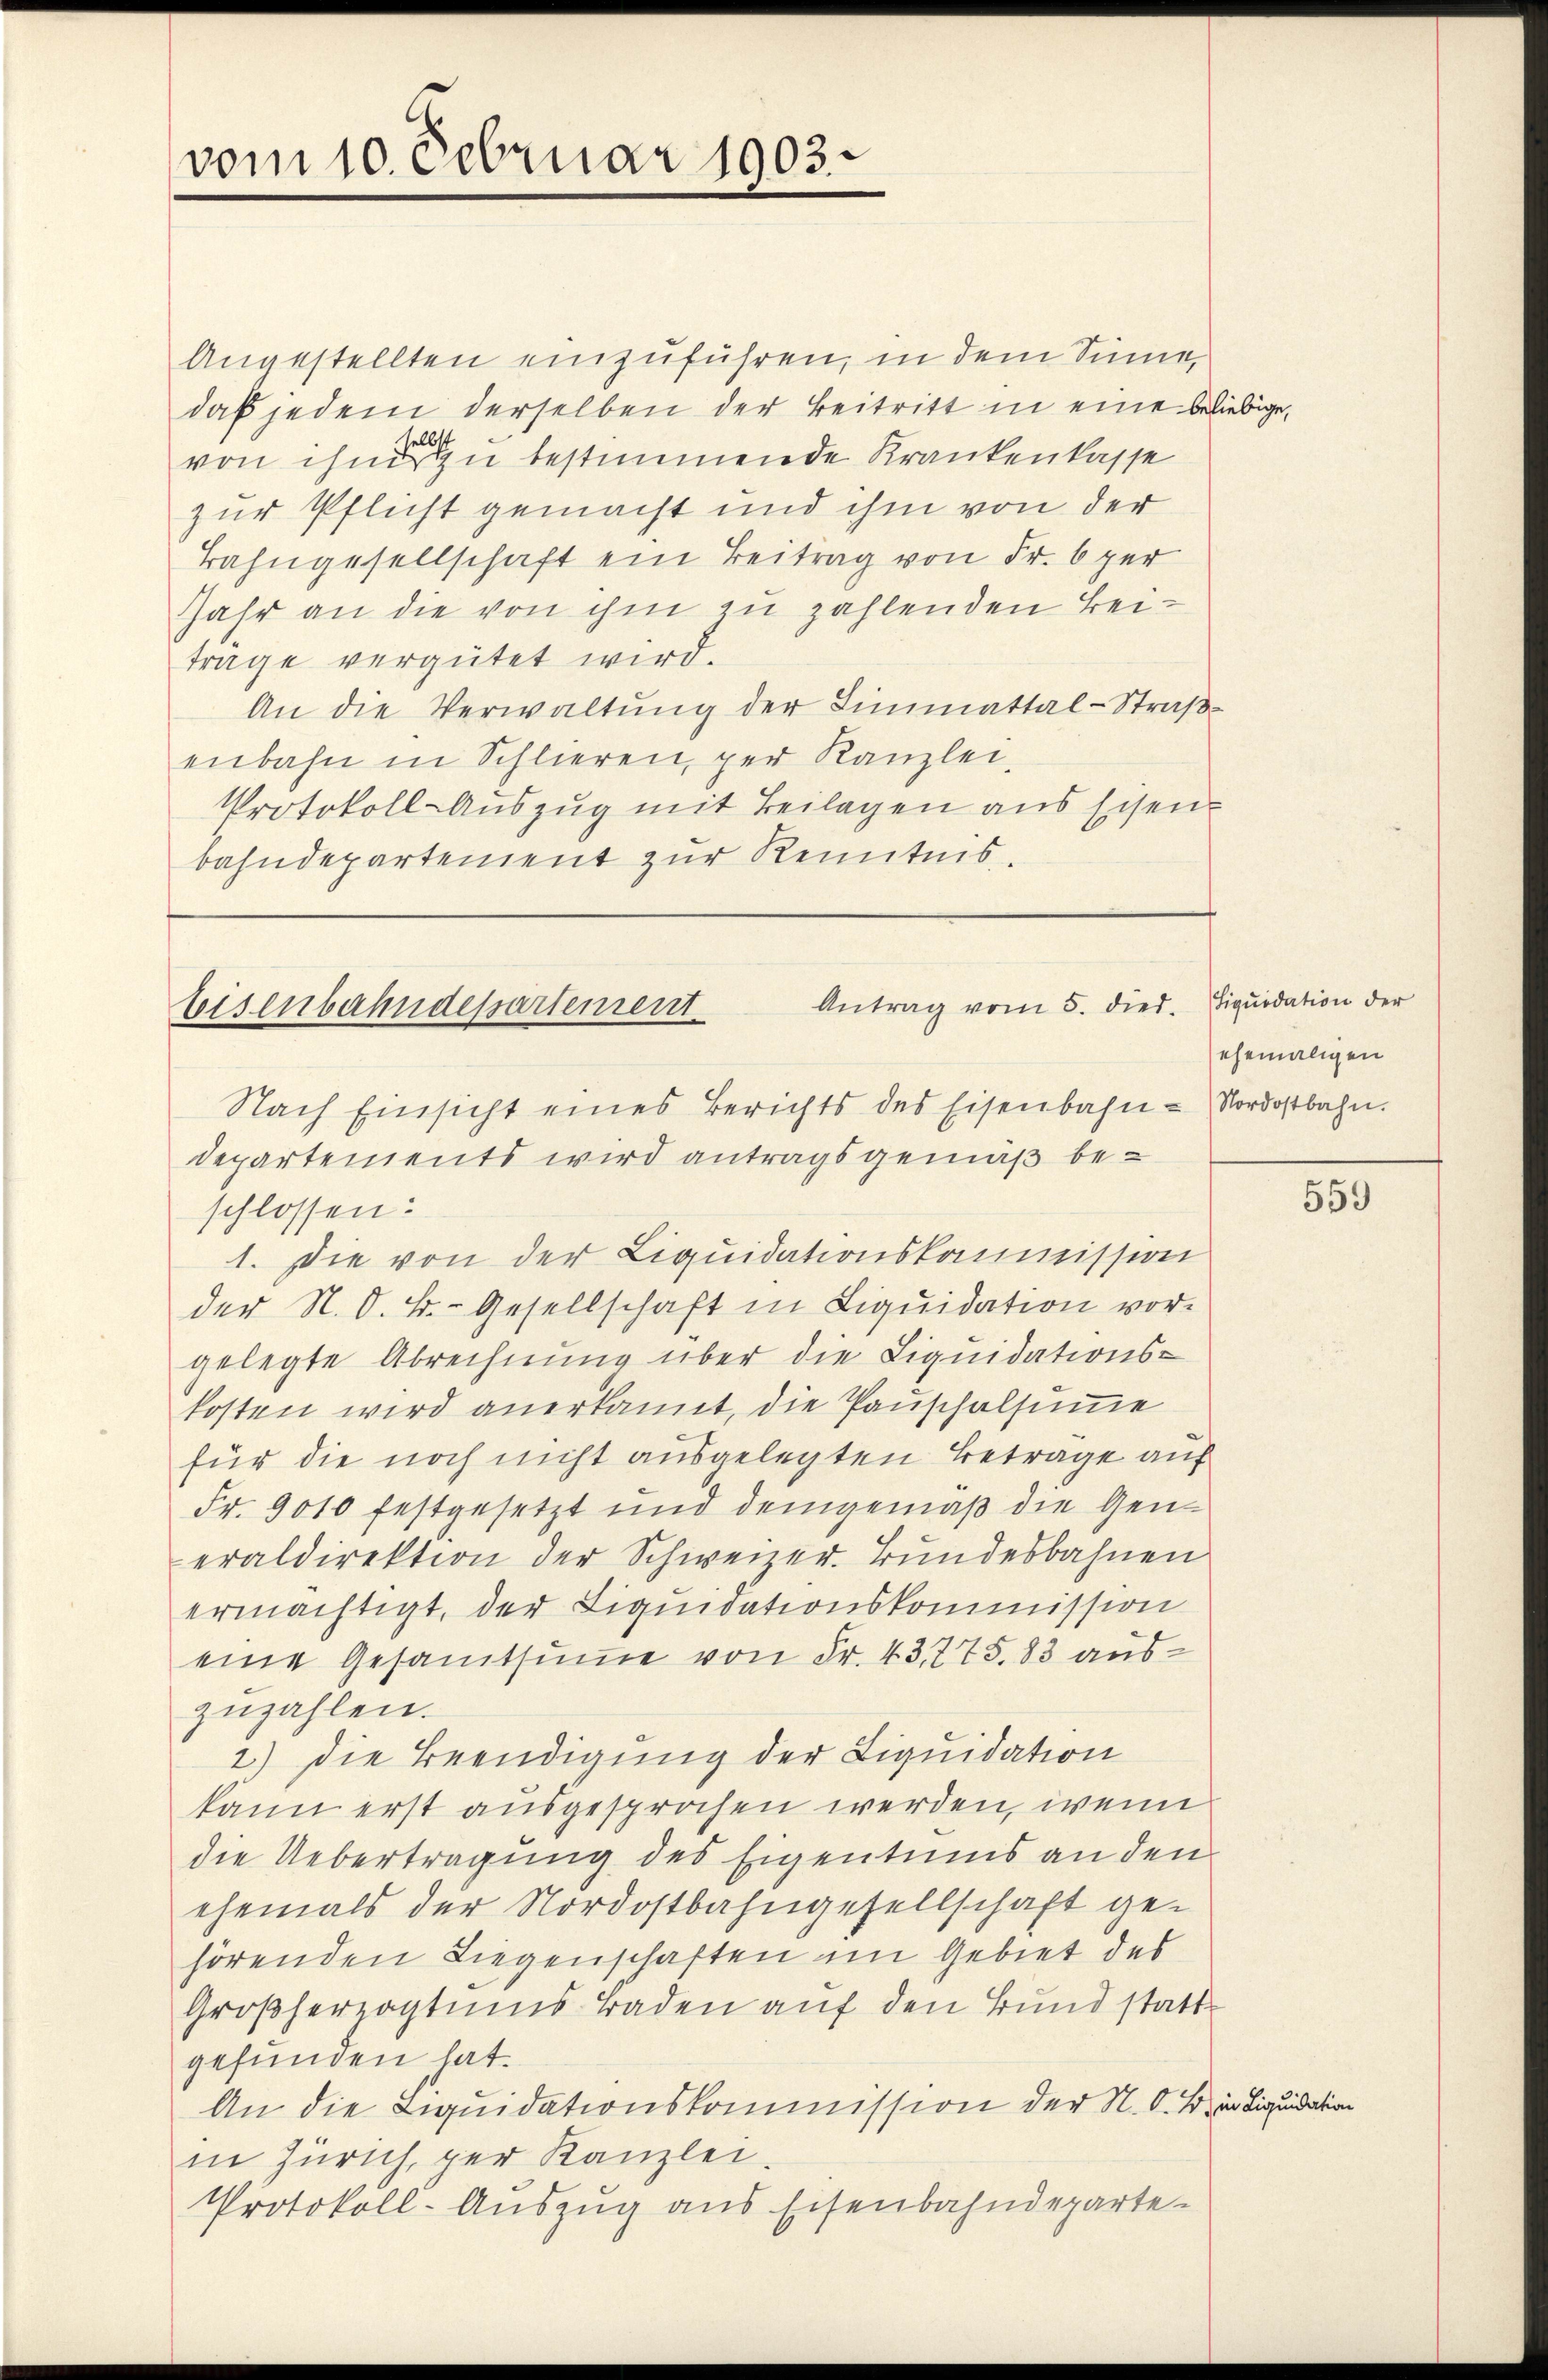
vom 10. Februar 1903.

Angestellten einzuführen, in dem Sinne,
daß jedem derselben der Beitritt in eine bliebige,
von ihm zu bestimmende Krankenkasse
zur Pflicht gemacht und ihm von der
Bahngesellschaft ein Beitrag von Fr. 6 per
Jahr an die von ihm zu zahlenden Beiträge vergütet wird.
An die Verwaltung der Limmattal-Straßenbahn in Schlieren, per Kanzlei
Protokoll-Auszug mit Beilagen aus Eisenbahndepartement zur Kenntnis.

Antrag vom 5. died. Liquidation der
teisenbahndepartement
Nach Einsicht eines Berichts des Eisenbahn-Nordostbahn.
Departements wird antragsgemäß be¬

schlossen:
1. Die von der Liquidationskommission
der N. O. B. Gesellschaft in Liquidation vorgelegte Abrechnung über die Liquidations-
kosten wird anerkannt, die Pauschalsumme
für die noch nicht ausgelegten Betrage auf
Fr. 9010 festgesetzt und demgemäß die Gen
eraldirektion der Schweiner. Bundesbahnen
ermächtigt, der Liquidationskommission
eine Gesamtsumme von Fr. 43, 775. 83 auszuzahlen.
2.) Die Beendigung der Liquidation
kann erst ausgesprochen werden, wenn
die Uebertragung des Eigentums an den
ehemals der Nordostbahngesellschaft gehörenden Liegenschaften im Gebiet des
Großherzogtums Baden auf den Bund stattgefunden hat.
An die Liquidationskommission der N. O. B. in Liquidation
in Zürich, per Kanzlei.
Protokoll-Auszug aus Eisenbahndeparte

ehemaligen

559